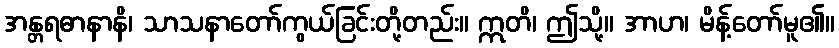
အန္တရဓာနာနိ၊ သာသနာတော်ကွယ်ခြင်းတို့တည်း။ ဣတိ၊ ဤသို့။ အာဟ၊ မိန့်တော်မူ၏။